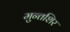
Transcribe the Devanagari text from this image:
मुन्तशिर